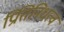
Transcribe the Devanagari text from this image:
प्रितिनिधत्व